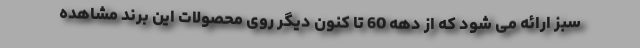
سبز ارائه می شود که از دهه 60 تا کنون دیگر روی محصولات این برند مشاهده